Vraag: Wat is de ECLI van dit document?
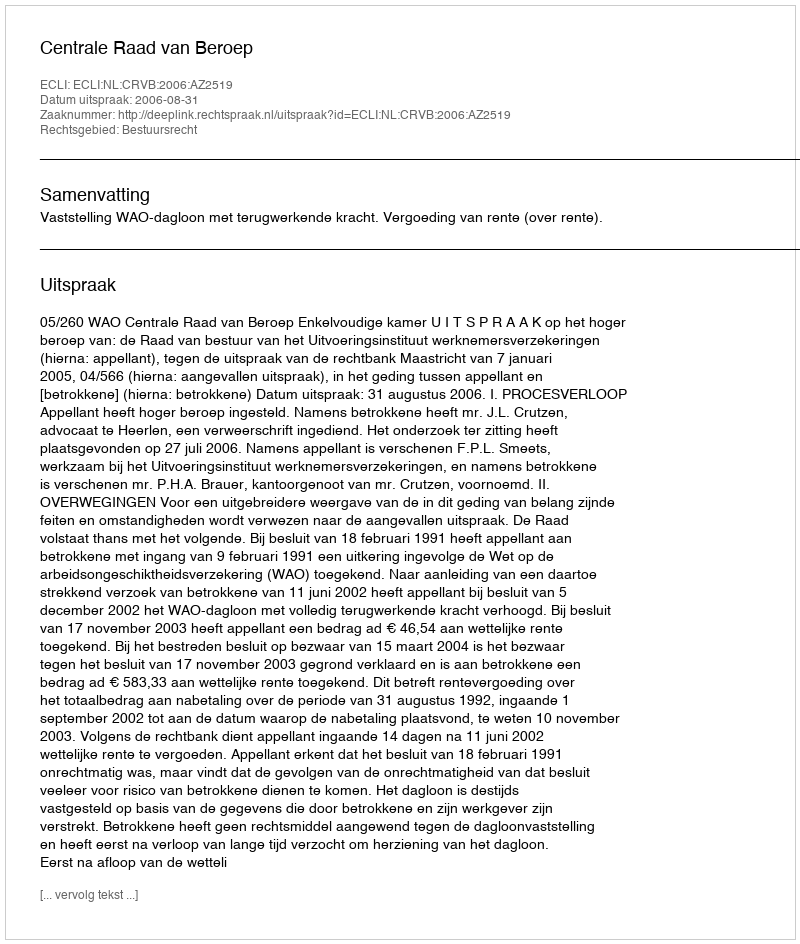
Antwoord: ECLI:NL:CRVB:2006:AZ2519